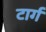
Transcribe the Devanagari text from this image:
टार्ग